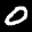
Label: 0